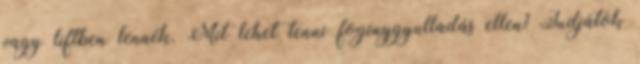
vagy liftben lennék. Mit lehet tenni fogínygyulladás ellen? Tudjátok